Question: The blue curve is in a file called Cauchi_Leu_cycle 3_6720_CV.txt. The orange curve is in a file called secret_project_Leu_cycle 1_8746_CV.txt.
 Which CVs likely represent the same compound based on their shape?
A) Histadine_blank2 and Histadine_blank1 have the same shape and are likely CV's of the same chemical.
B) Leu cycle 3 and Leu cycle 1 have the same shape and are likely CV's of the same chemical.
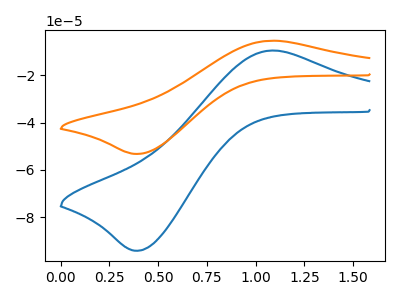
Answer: <think>The blue curve "Leu cycle 3" has an anodic peak at (1.10V, -9.55uA) and a cathodic peak at (0.40V, -94.10uA). The orange curve "Leu cycle 1" has an anodic peak at (1.10V, -5.40uA) and a cathodic peak at (0.40V, -53.20uA).
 All the peaks in "Leu cycle 3" have a peak in "Leu cycle 1" at the same potential.</think>
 <answer>B) "Leu cycle 3" and "Leu cycle 1" have the same shape and are likely CV's of the same chemical.</answer>
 <eval>B</eval>